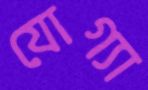
যোগ্যা